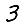
Digit: 3